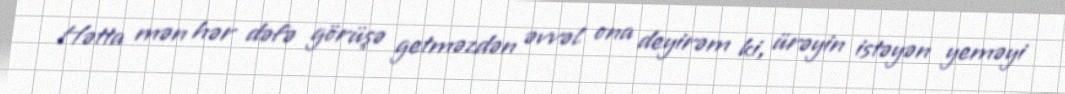
Hətta mən hər dəfə görüşə getməzdən əvvəl ona deyirəm ki, ürəyin istəyən yeməyi